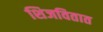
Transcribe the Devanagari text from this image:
शिजवितात